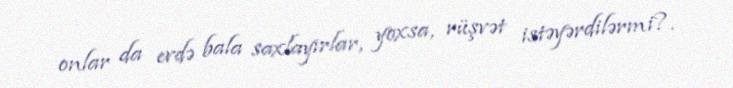
onlar da evdə bala saxlayırlar, yoxsa, rüşvət istəyərdilərmi?.